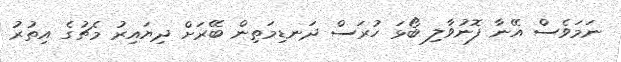
ނަމަވެސް އޭނާ ފޮނުވާލި ބޯޅަ ހުރަސް ދަނޑިމަތިން ބޭރަށް ދިޔައިރު މެޗުގެ އިތުރު